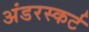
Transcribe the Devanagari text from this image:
अंडरस्कर्ट